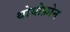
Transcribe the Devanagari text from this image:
थोयोफ़ोन